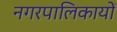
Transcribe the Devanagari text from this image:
नगरपालिकायों